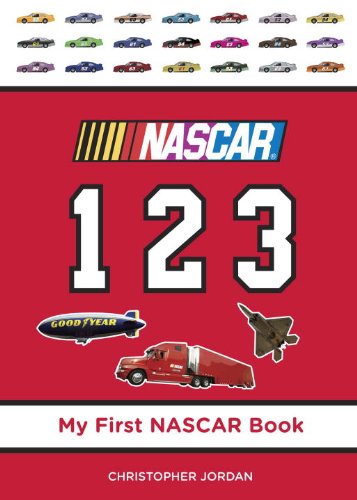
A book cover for NASCAR 123 (My First NASCAR Racing Series); Christopher Jordan; Children's Books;